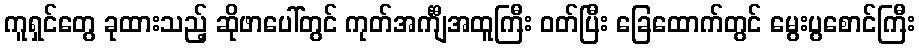
ကူရှင်တွေ ခုထားသည့် ဆိုဖာပေါ်တွင် ကုတ်အင်္ကျီအထူကြီး ဝတ်ပြီး ခြေထောက်တွင် မွေးပွစောင်ကြီး